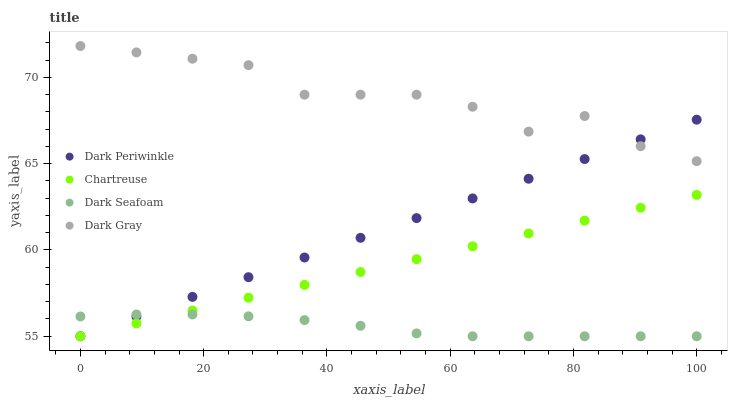
| xaxis_label | Dark Periwinkle | Chartreuse | Dark Seafoam | Dark Gray |
 | --- | --- | --- | --- | --- |
 | 0 | 55 | 55 | 56.1 | 71.8 |
 | 9.09 | 56.1 | 55.7 | 56.3 | 71.4 |
 | 18.2 | 57.3 | 56.5 | 56.3 | 71.1 |
 | 27.3 | 58.4 | 57.2 | 56.2 | 70.7 |
 | 36.4 | 59.6 | 58 | 55.9 | 69 |
 | 45.5 | 60.7 | 58.7 | 55.6 | 69 |
 | 54.5 | 61.8 | 59.5 | 55.2 | 69 |
 | 63.6 | 63 | 60.2 | 55 | 68.3 |
 | 72.7 | 64.1 | 61 | 55 | 66.9 |
 | 81.8 | 65.3 | 61.7 | 55 | 67.8 |
 | 90.9 | 66.4 | 62.4 | 55 | 66 |
 | 100 | 67.6 | 63.2 | 55 | 65.1 |